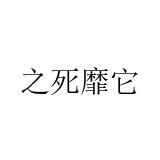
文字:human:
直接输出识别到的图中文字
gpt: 之死靡它